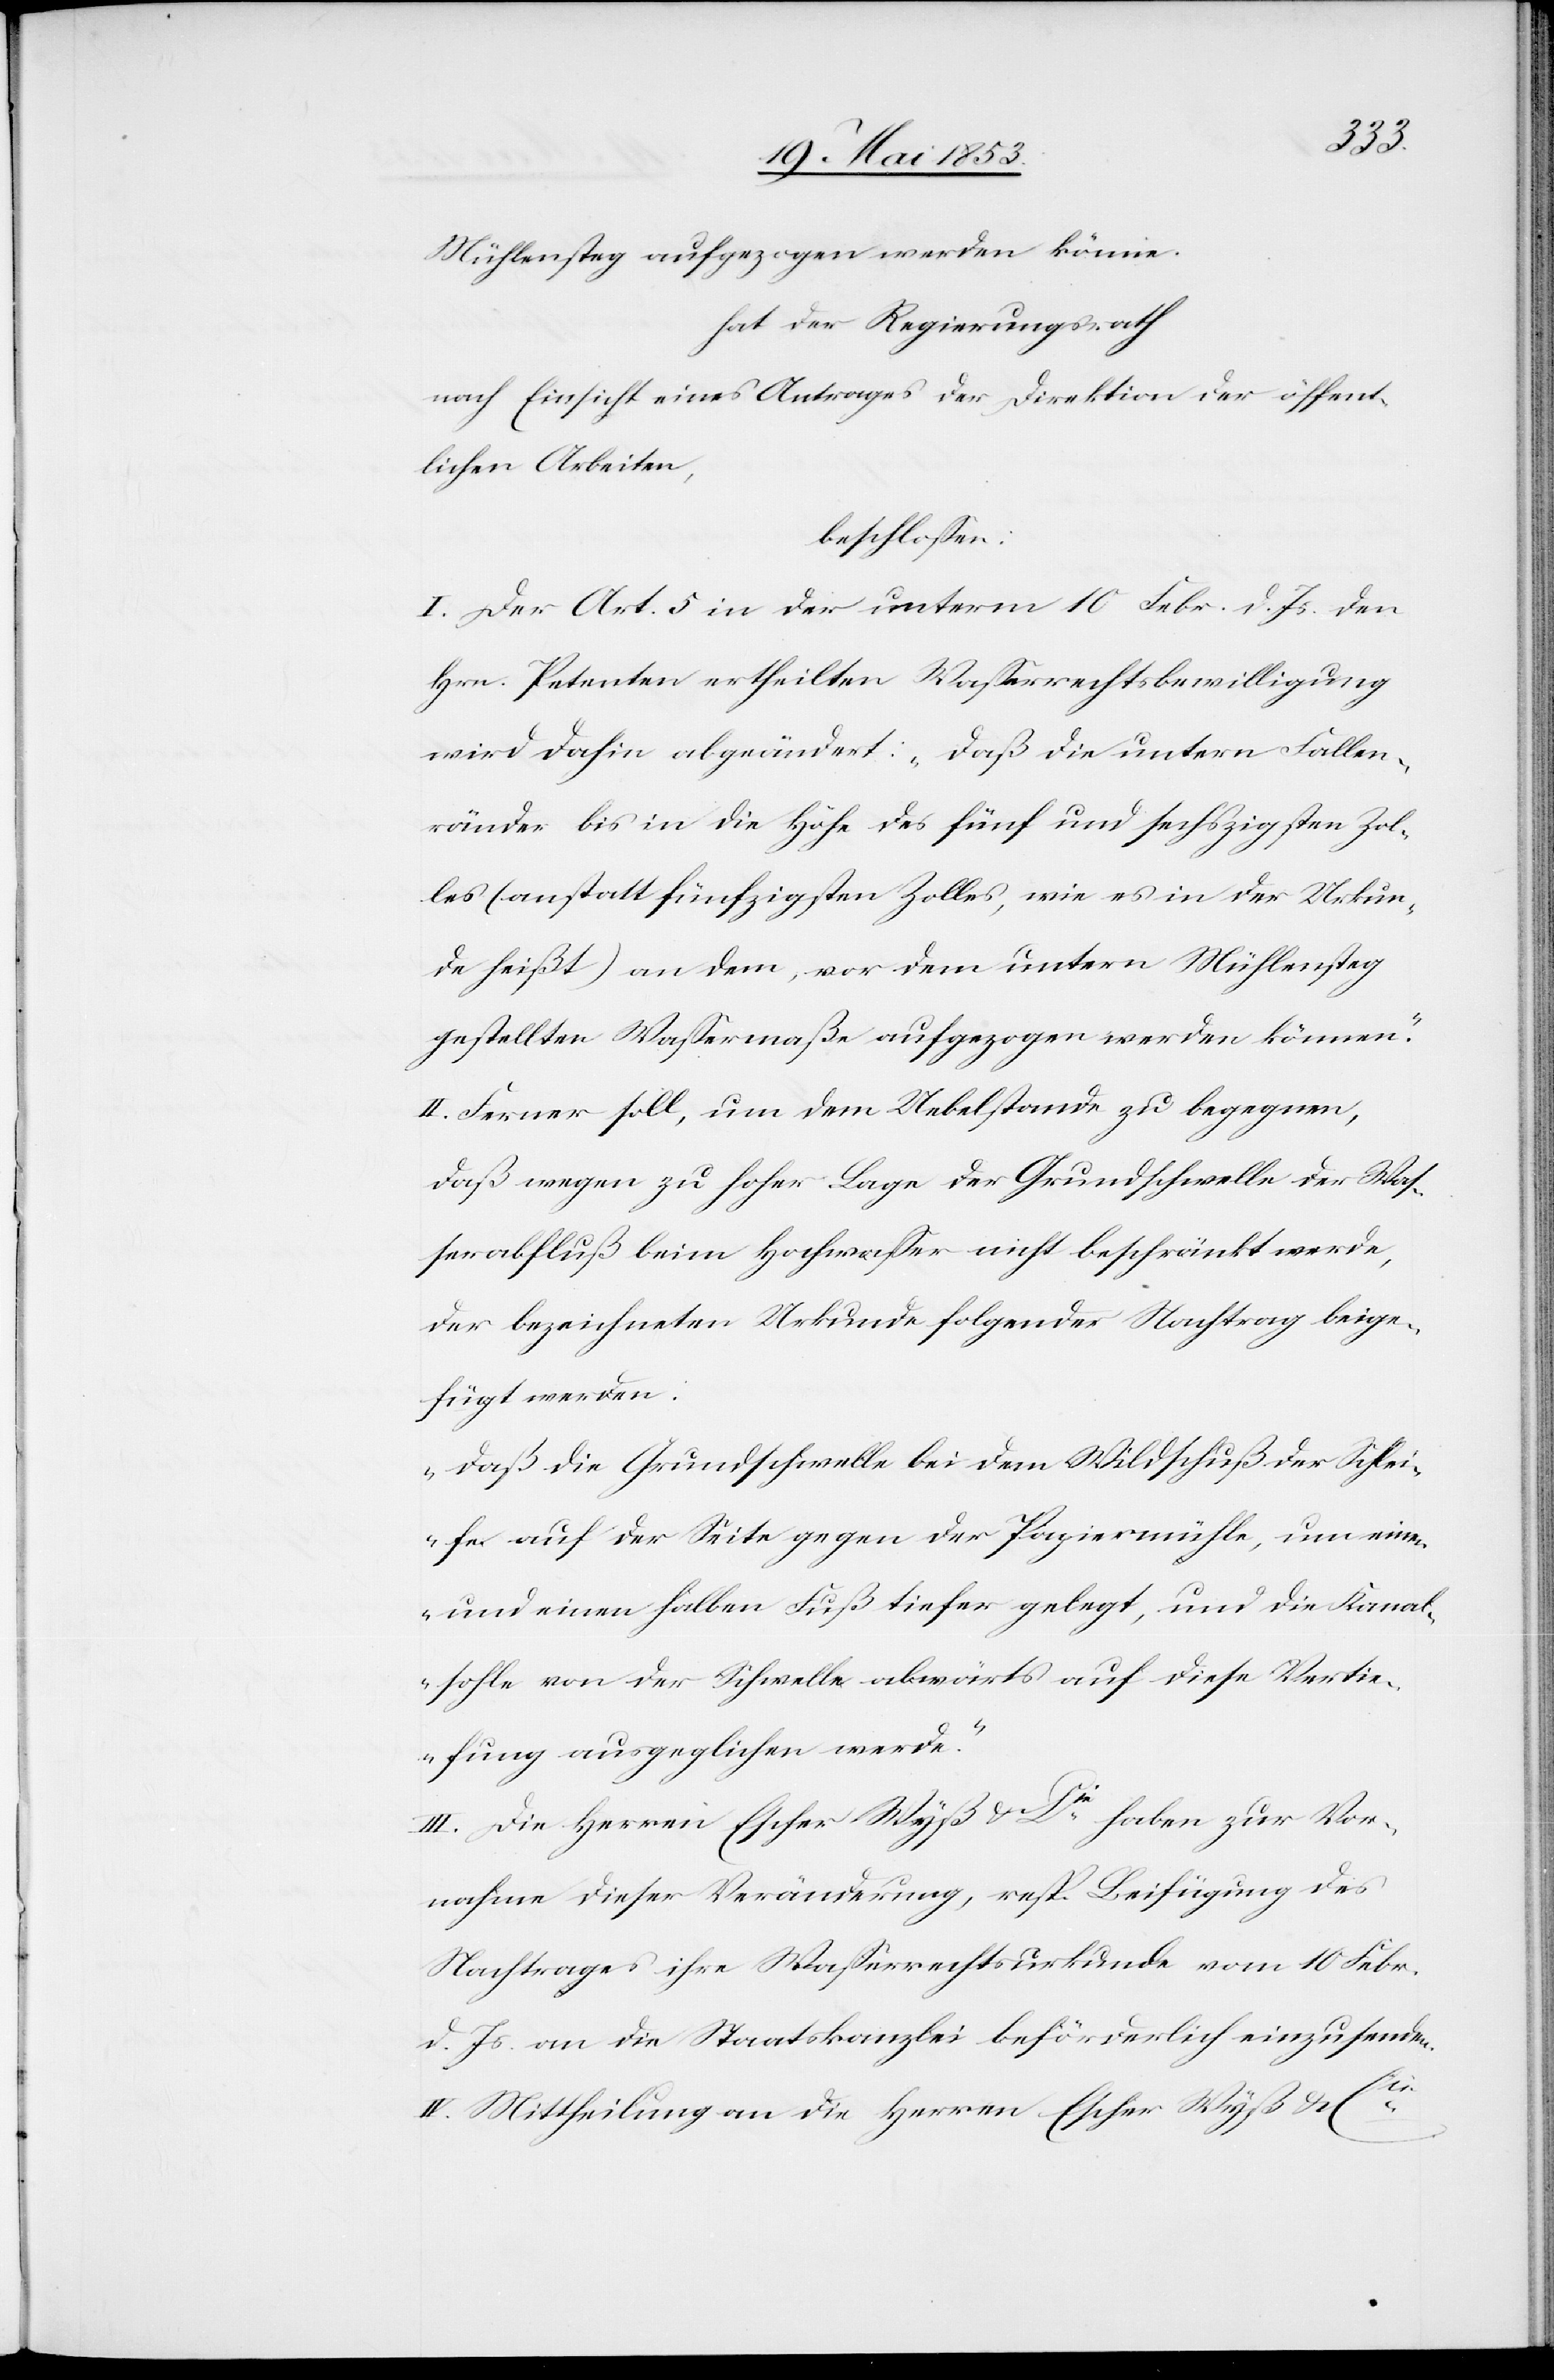
lichen
Mühlensteg aufgezogen werden könne.
hat der Regierungsrath
nach Einsicht eines Antrages der Direktion der öffent¬
beschloßen:
I. Der Art. 5 in der unterm 10 Febr. d. Js. den
Hrn. Petenten ertheilten Waßerrechtsbewilligung
wird dahin abgeändert: „daß die untern Fallen¬
ränder bis an die Höhe des fünf und sechszigsten Zol¬
les (anstatt fünfzigsten Zolles, wie es in der Urkun¬
de heißt) an dem, vor dem untern Mühlensteg
gestellten Waßermaße aufgezogen werden können.“
II. Ferner soll, um dem Uebelstande zu begegnen,
daß wegen zu hoher Lage der Grundschwelle der Waß¬
erabfluß beim Hochwaßer nicht beschränkt werde,
der bezeichneten Urkunde folgender Nachtrag beige¬
fügt werden:
„daß die Grundschwelle bei dem Wildschuß der Schlei¬
fe auf der Seite gegen der Papiermühle, um einen
und einen halben Fuß dieser gelegt, und die Kanal¬
sohle von der Schwelle abwärts auf diese Vertie¬
fung ausgeglichen werde.“
III. Die Herrn Escher Wyß u. Cié haben zur Vor¬
nahme dieser Veränderung, resp. Beifügung des
Nachtrages ihre Waßerrechtsurkunde vom 10 Febr.
d. Js. an die Staatskanzlei beförderlich einzusenden.
IV. Mittheilung an die Herren Escher Wyß u. Cié